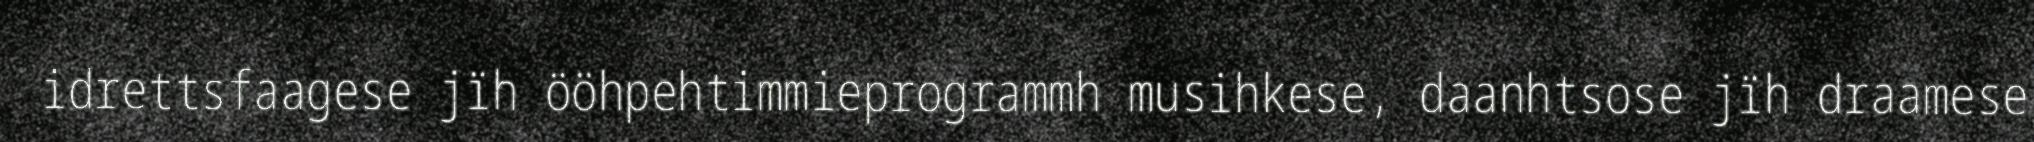
idrettsfaagese jïh ööhpehtimmieprogrammh musihkese, daanhtsose jïh draamese